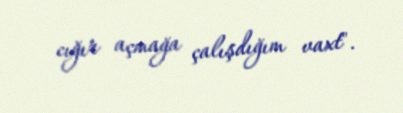
cığır açmağa çalışdığım vaxt".